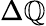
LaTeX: \Delta\mathbb{Q}